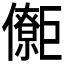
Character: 𱜜